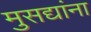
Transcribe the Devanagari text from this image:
मुसद्यांना